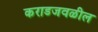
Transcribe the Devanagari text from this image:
कराडजवळील